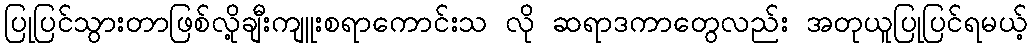
ပြုပြင်သွားတာဖြစ်လို့ချီးကျူးစရာကောင်းသ လို ဆရာဒကာတွေလည်း အတုယူပြုပြင်ရမယ့်